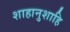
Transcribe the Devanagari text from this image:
शाहानुशाहि